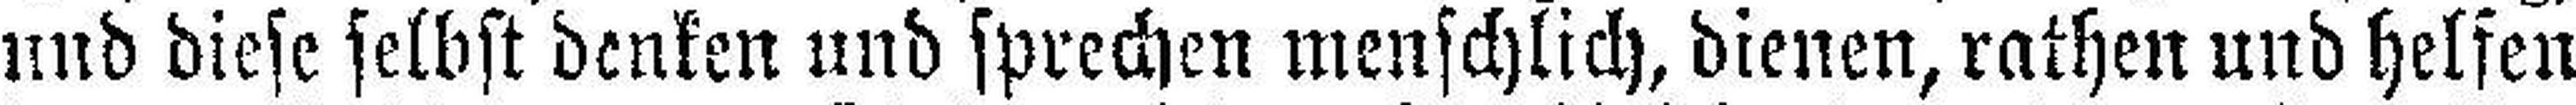
und diese selbst denken und sprechen menschlich, dienen, rathen und helfen